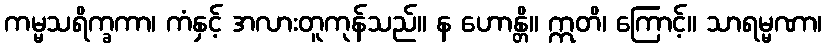
ကမ္မသရိက္ခကာ၊ ကံနှင့် အလားတူကုန်သည်။ န ဟောန္တိ။ ဣတိ၊ ကြောင့်။ သာရမ္မဏာ၊